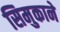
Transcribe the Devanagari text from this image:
सिमुकाने